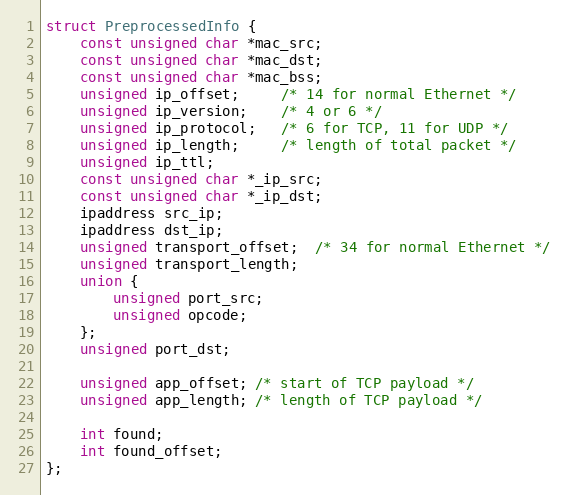
Language: C
struct PreprocessedInfo {
    const unsigned char *mac_src;
    const unsigned char *mac_dst;
    const unsigned char *mac_bss;
    unsigned ip_offset;     /* 14 for normal Ethernet */
    unsigned ip_version;    /* 4 or 6 */
    unsigned ip_protocol;   /* 6 for TCP, 11 for UDP */
    unsigned ip_length;     /* length of total packet */
    unsigned ip_ttl;
    const unsigned char *_ip_src;
    const unsigned char *_ip_dst;
    ipaddress src_ip;
    ipaddress dst_ip;
    unsigned transport_offset;  /* 34 for normal Ethernet */
    unsigned transport_length;
    union {
        unsigned port_src;
        unsigned opcode;
    };
    unsigned port_dst;

    unsigned app_offset; /* start of TCP payload */
    unsigned app_length; /* length of TCP payload */

    int found;
    int found_offset;
};